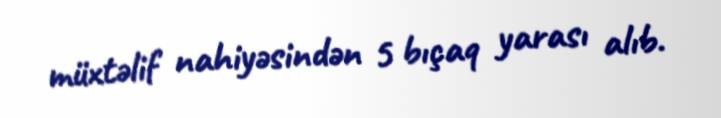
müxtəlif nahiyəsindən 5 bıçaq yarası alıb.